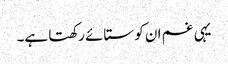
یہی غم ان کو ستائے رکھتا ہے۔